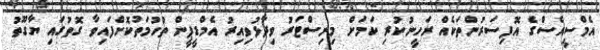
އެމްސީއެސްގެ އޮފިސަރުންތަކެއް ރަހީނުކުރި ކަމަށް މިނިސްޓަރު ވިދާޅުވިއިރު އެމްޑީޕީން ތުހުމަތުކޮށްފައިވާ ގޮތުގައި ޔާގޫތު